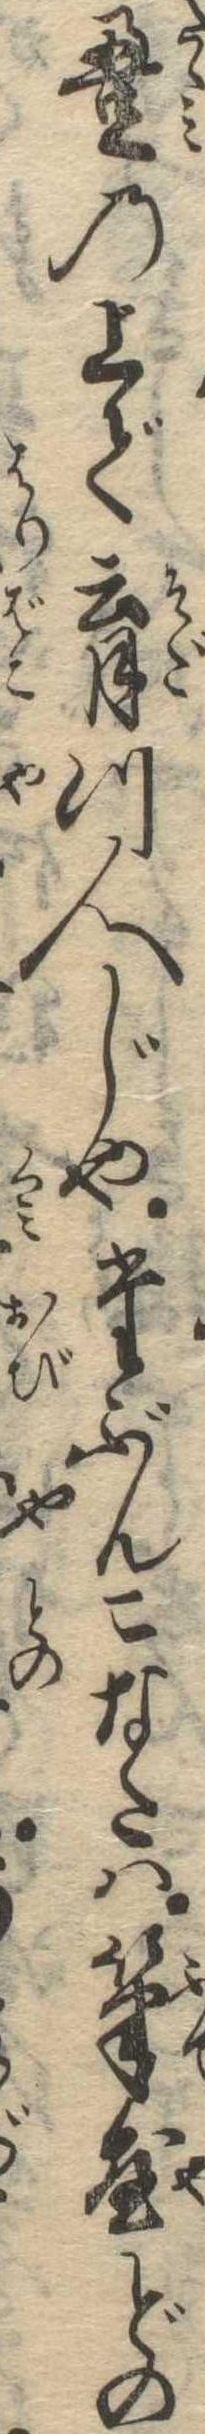
畳の上で育つ人じやたぶんこなたは筆屋どの